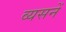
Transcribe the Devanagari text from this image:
व्यसनें